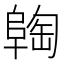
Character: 𬯈